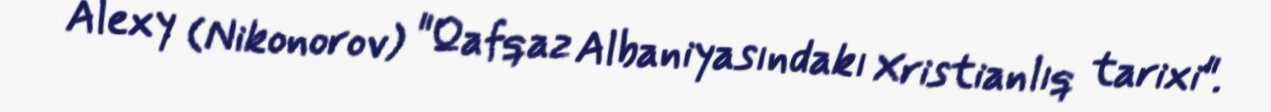
Alexy (Nikonorov) "Qafqaz Albaniyasındakı Xristianlıq tarixi".